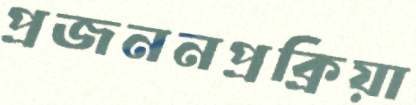
প্রজননপ্রক্রিয়া